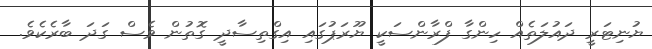
ޔުނިޓަރީ ދައުލަތެއް ހިންގާ ފްރާންސަކީ ޔޫރަޕުގައި އިގްތިސާދީ ގޮތުން ވެސް ގަދަ ބާރެކެވެ.